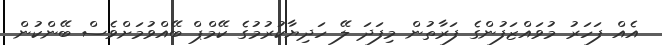
އެއް ފަހަރު މުވައްޒަފުންގެ ފަރާތުން މިފަދަ ލޭ ހަދިޔާކުރުމުގެ ކޭމްޕް ބޭއްވުމަށްވެސް ބޭންކުން